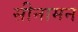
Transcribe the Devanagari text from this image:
सीनामन